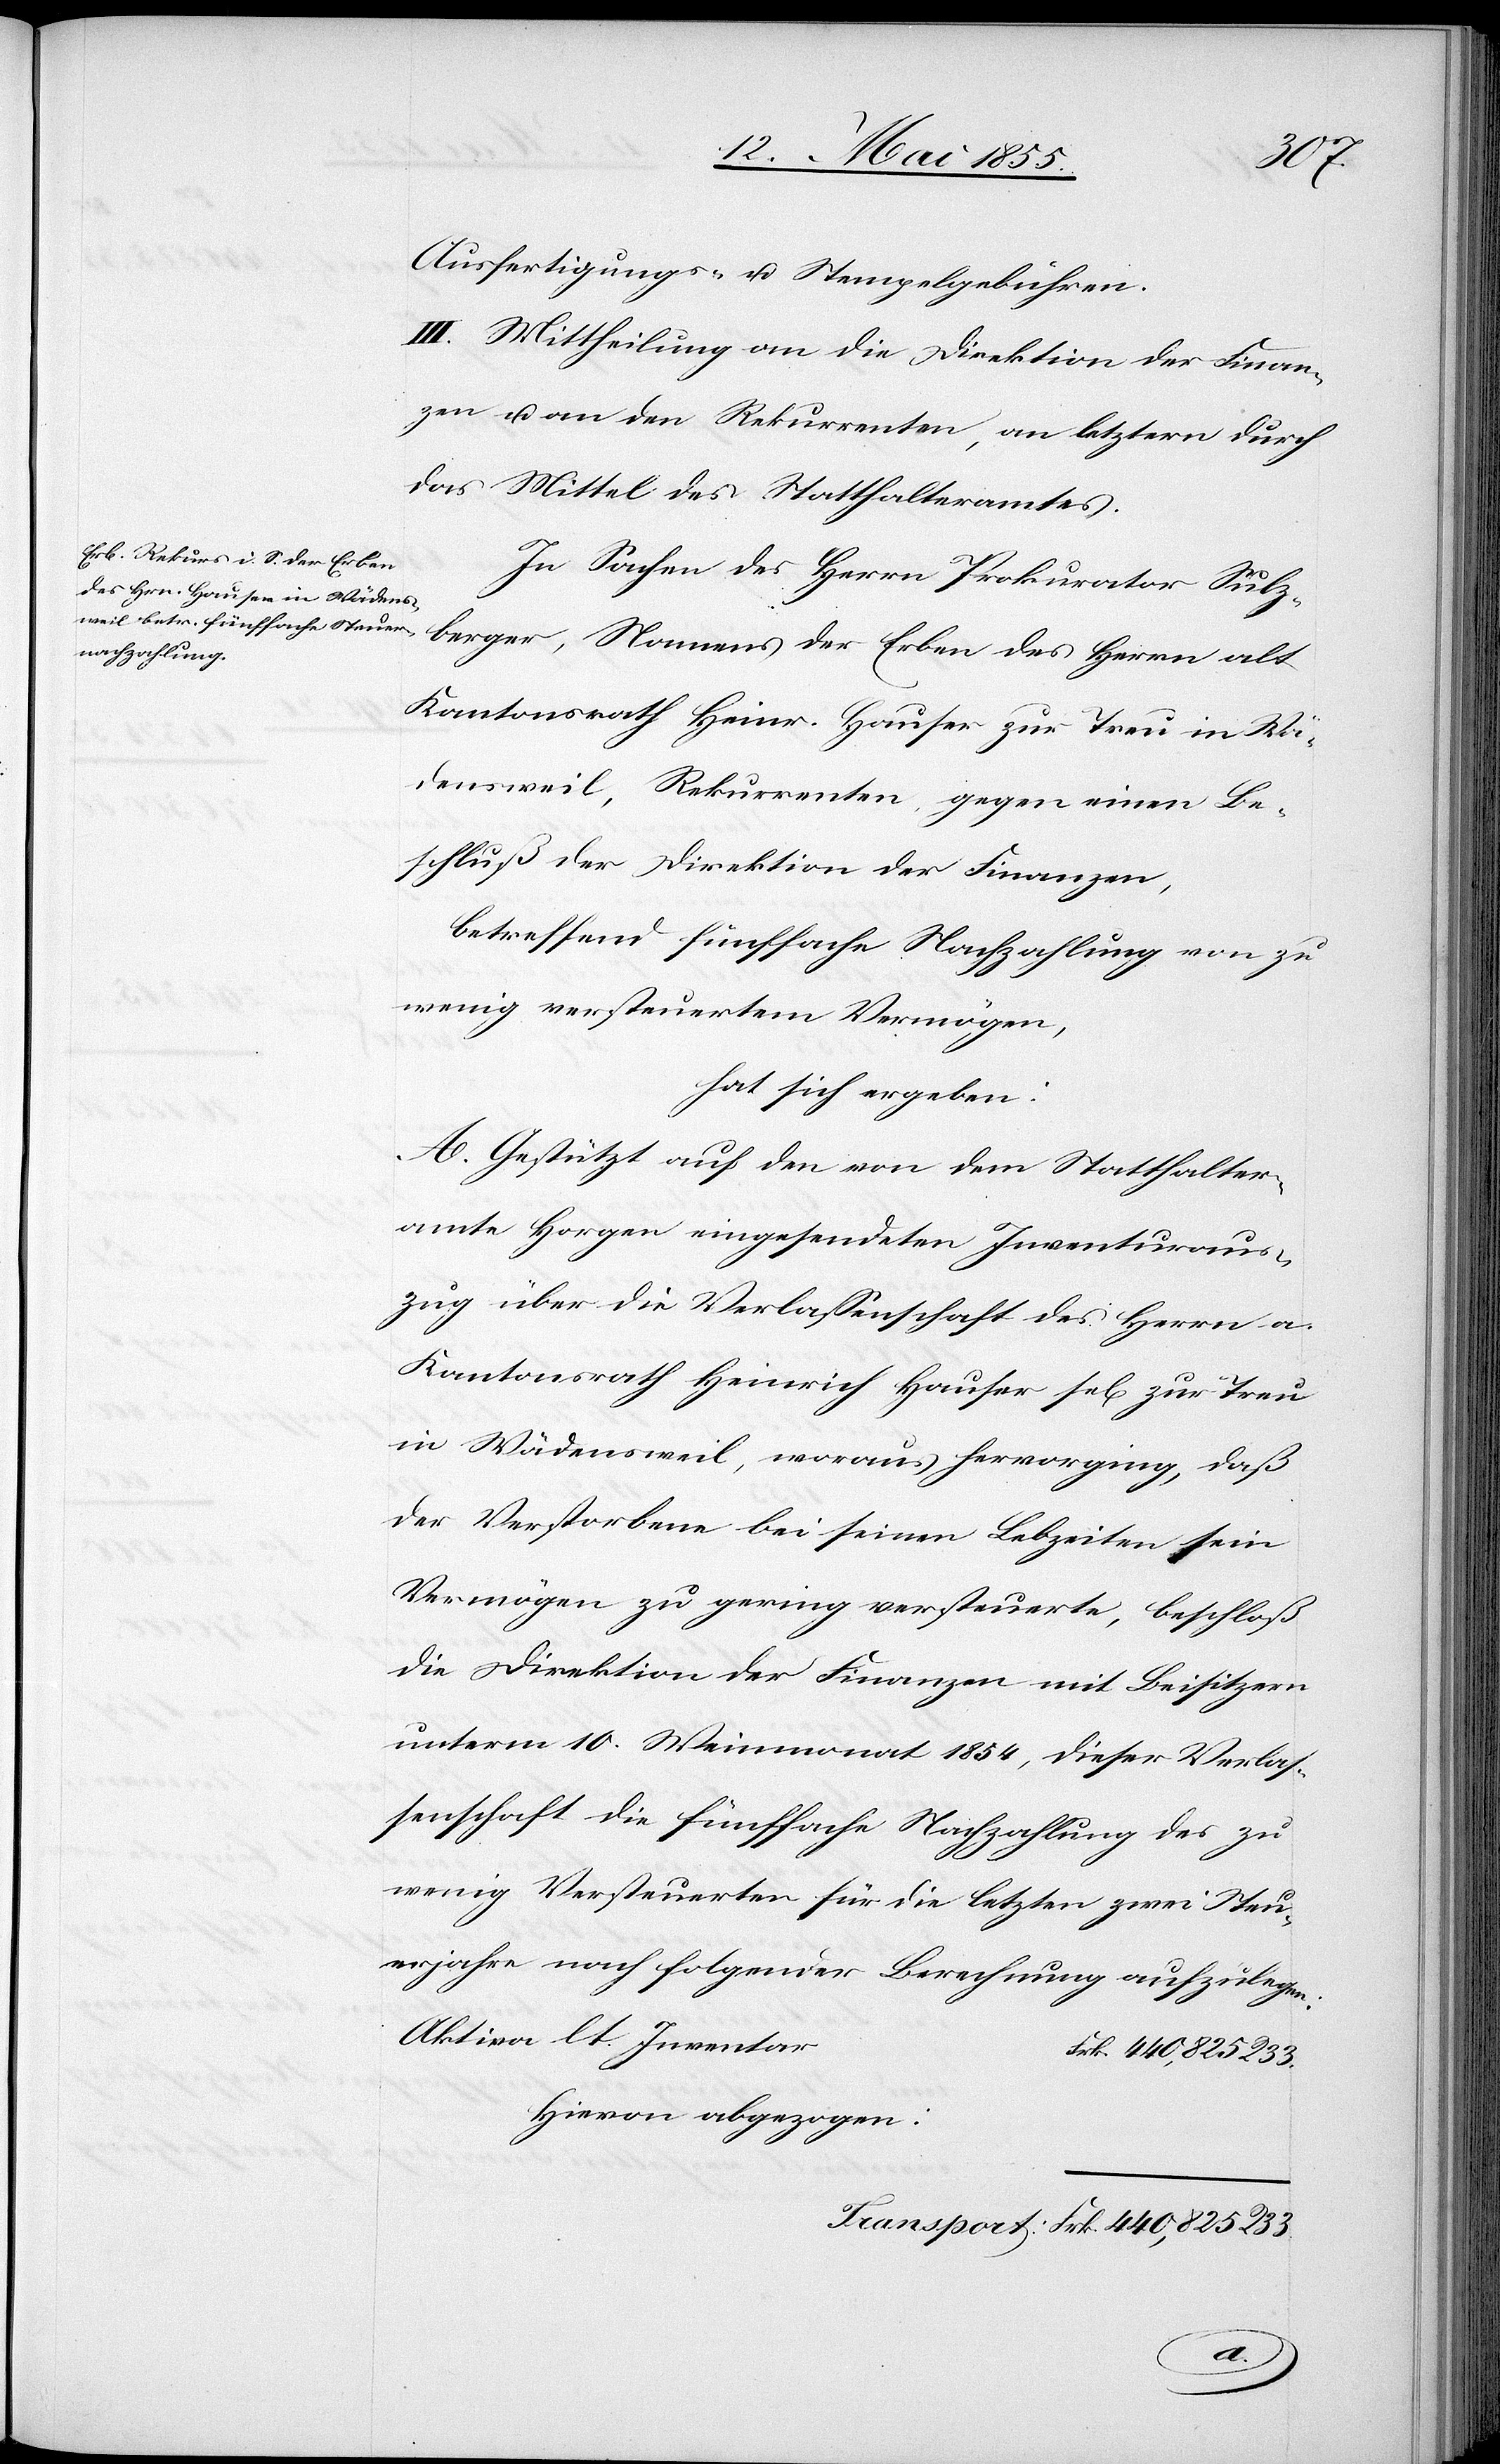
berger,
Ausfertigungs- u. Stempelgebühren.
III. Mittheilung an die Direktion der Finan¬
zen u. an den Rekurrenten, an letztern durch
das Mittel des Statthalteramtes.
In Sachen des Herrn Prokurator Sulz¬
Kantonsrath Heinr. Hauser zur Treu in Wä¬
densweil, Rekurrenten, gegen einen Be¬
schluß der Direktion der Finanzen,
betreffend fünffache Nachzahlung von zu
wenig versteuertem Vermögen,
hat sich ergeben:
A. Gestützt auf den von dem Statthalter¬
amte Horgen eingesendeten Inventuraus¬
zug über die Verlassenschaft des Herrn a.
Kantonsrath Heinrich Hauser sel[ig] zur Treu
in Wädensweil, woraus hervorging, daß
der Verstorbene bei seinen Lebzeiten sein
Vermögen zu gering versteuerte, beschloß
die Direktion der Finanzen mit Beisitzern
unterm 10. Weinmonat 1854, dieser Verlas¬
senschaft die fünffache Nachzahlung des zu
wenig Versteuerten für die letzten zwei Steu¬
erjahre nach folgender Berechnung aufzulegen:
Aktiva lt. Inventar
Frk. 440,825 R 33.
Hievon abgezogen: